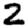
Digit: 2